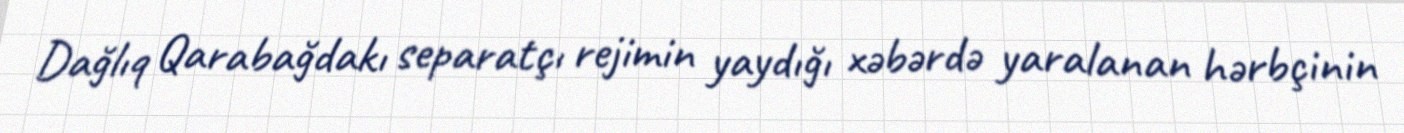
Dağlıq Qarabağdakı separatçı rejimin yaydığı xəbərdə yaralanan hərbçinin